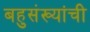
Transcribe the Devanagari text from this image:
बहुसंख्यांची